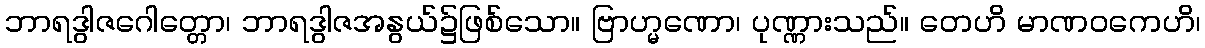
ဘာရဒွါဇဂေါတ္တော၊ ဘာရဒွါဇအနွယ်၌ဖြစ်သော။ ဗြာဟ္မဏော၊ ပုဏ္ဏားသည်။ တေဟိ မာဏဝကေဟိ၊